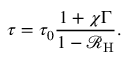
\tau = \tau _ { 0 } \frac { 1 + \chi \Gamma } { 1 - \mathcal { R } _ { \mathrm { H } } } .